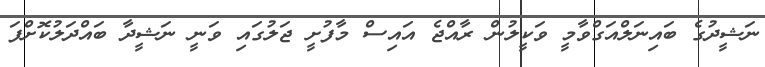
ނަޝީދުގެ ބައިނަލްއަގްވާމީ ވަކީލުން ރާއްޖެ އައިސް މާފުށީ ޖަލުގައި ވަނީ ނަޝީދާ ބައްދަލުކޮށްފަ